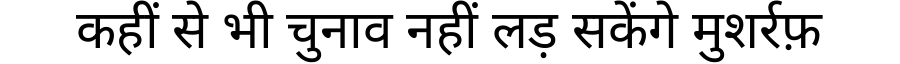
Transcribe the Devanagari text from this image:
कहीं से भी चुनाव नहीं लड़ सकेंगे मुशर्रफ़